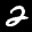
Label: 2